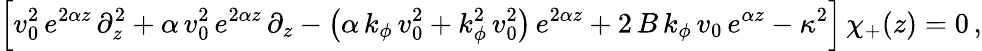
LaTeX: \Big[v_{0}^{2}\, e^{2\alpha z}\, \partial_{z}^{2}+\alpha\, v_{0}^{2}\, e^{2\alpha z}\, \partial_{z}-\left(\alpha\, k_{\phi}\, v_{0}^{2}+k_{\phi}^{2}\, v_{0}^{2}\right)\, e^{2\alpha z}+2\, B\, k_{\phi}\, v_{0}\, e^{\alpha z}-\kappa^{2}\Big]\, \chi_{+}(z)=0\, ,